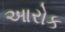
આરોક